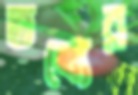
তথ্যের